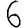
Digit: 6